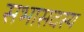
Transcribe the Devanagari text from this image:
सभासदस्य